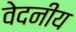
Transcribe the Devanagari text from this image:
वेदनीय